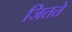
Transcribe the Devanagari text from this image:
जितते